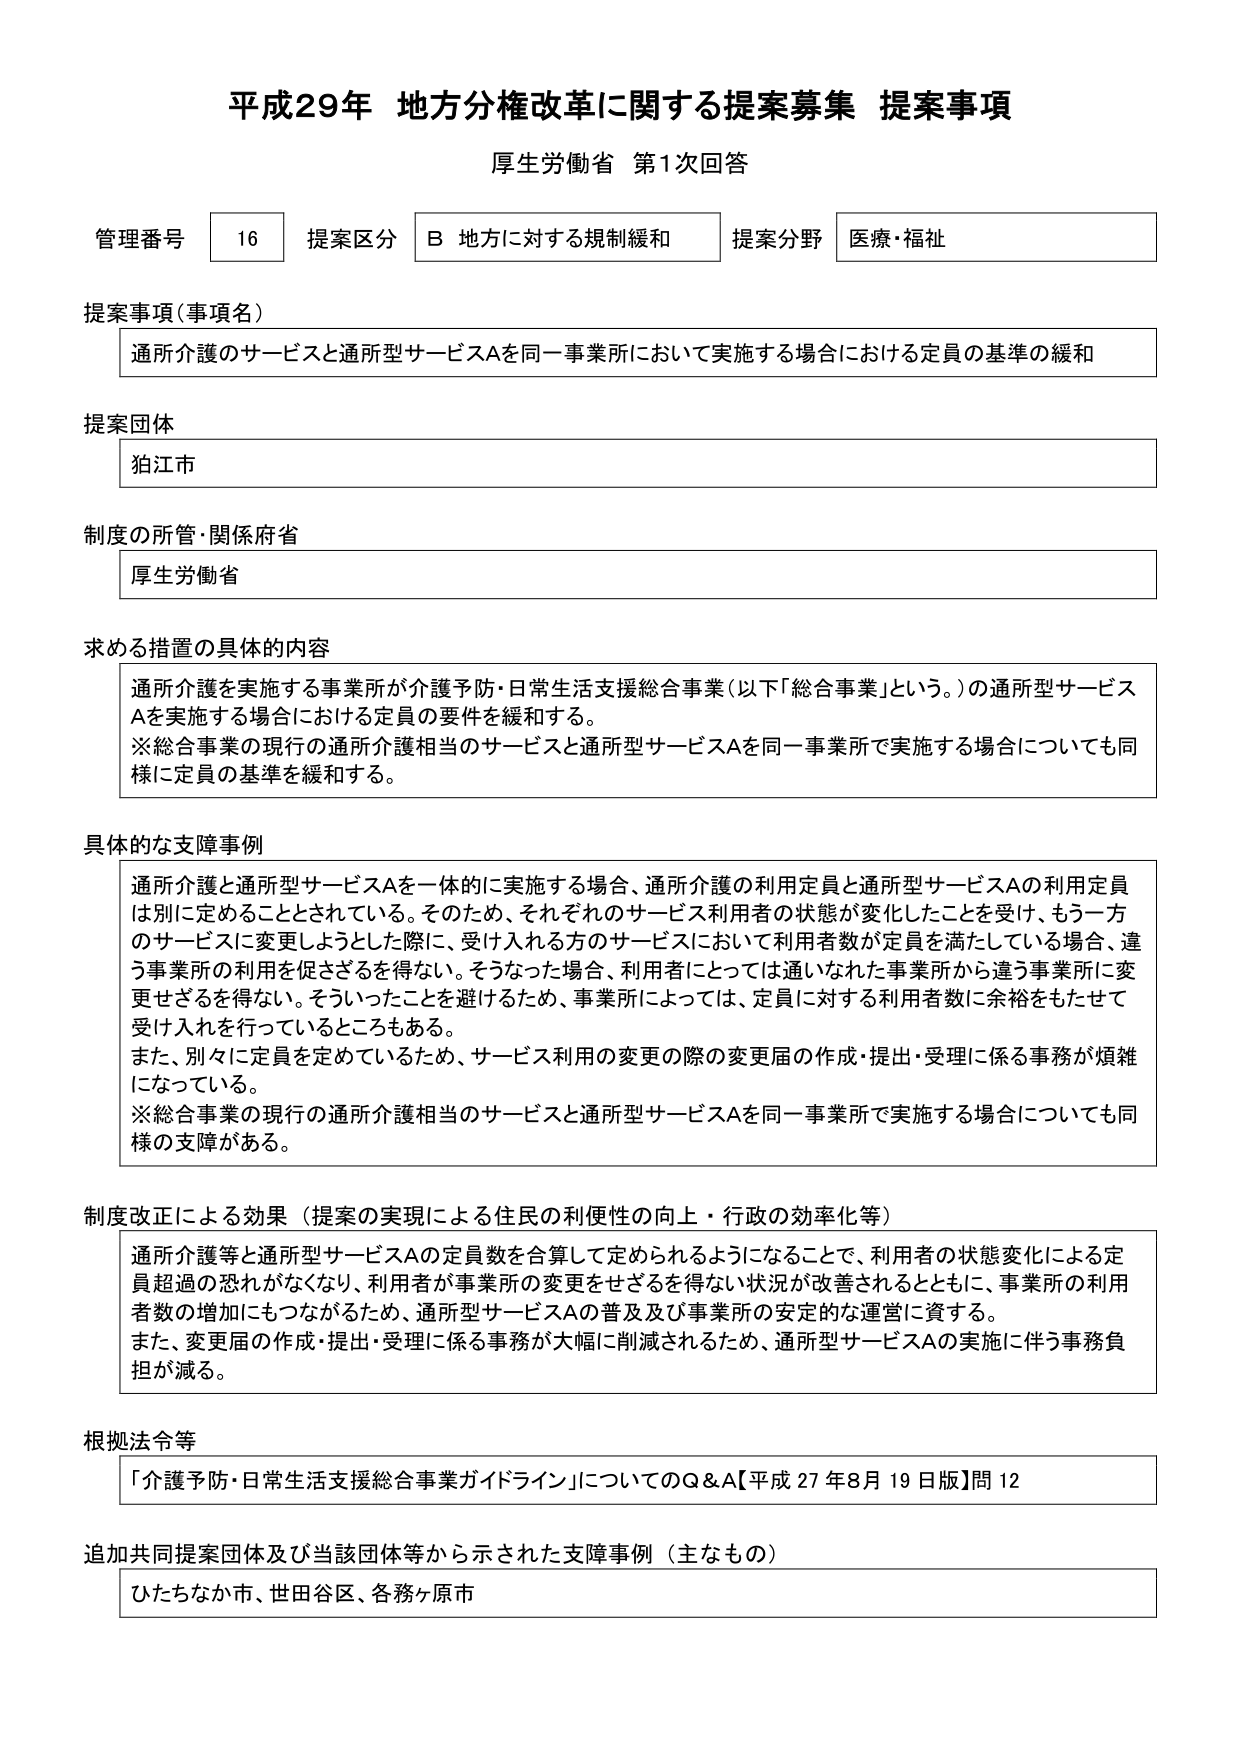
平成29年 地方分権改革に関する提案募集 提案事項
厚生労働省 第1次回答

管理番号 16 提案区分 B 地方に対する規制緩和 提案分野 医療・福祉

提案事項（事項名）
通所介護のサービスと通所型サービスAを同一事業所において実施する場合における定員の基準の緩和

提案団体
狛江市

制度の所管・関係府省
厚生労働省

求める措置の具体的内容
通所介護を実施する事業所が介護予防・日常生活支援総合事業（以下「総合事業」という。）の通所型サービスAを実施する場合における定員の要件を緩和する。
※総合事業の現行の通所介護相当のサービスと通所型サービスAを同一事業所で実施する場合についても同様に定員の基準を緩和する。

具体的な支障事例
通所介護と通所型サービスAを一体的に実施する場合、通所介護の利用定員と通所型サービスAの利用定員は別に定めることとされている。そのため、それぞれのサービス利用者の状態が変化したことを受け、もう一方のサービスに変更しようとした際に、受け入れる方のサービスにおいて利用者数が定員を満たしている場合、違う事業所の利用を促さざるを得ない。そうなった場合、利用者にとっては通いなれた事業所から違う事業所に変更せざるを得ない。そういったことを避けるため、事業所によっては、定員に対する利用者数に余裕をもたせて受け入れを行っているところもある。
また、別々に定員を定めているため、サービス利用の変更の際の変更届の作成・提出・受理に係る事務が煩雑になっている。
※総合事業の現行の通所介護相当のサービスと通所型サービスAを同一事業所で実施する場合についても同様の支障がある。

制度改正による効果（提案の実現による住民の利便性の向上・行政の効率化等）
通所介護等と通所型サービスAの定員数を合算して定められるようになることで、利用者の状態変化による定員超過の恐れがなくなり、利用者が事業所の変更をせざるを得ない状況が改善されるとともに、事業所の利用者数の増加にもつながるため、通所型サービスAの普及及び事業所の安定的な運営に資する。
また、変更届の作成・提出・受理に係る事務が大幅に削減されるため、通所型サービスAの実施に伴う事務負担が減る。

根拠法令等
「介護予防・日常生活支援総合事業ガイドライン」についてのQ＆A【平成27年8月19日版】問12

追加共同提案団体及び当該団体等から示された支障事例（主なもの）
ひたちなか市、世田谷区、各務ヶ原市